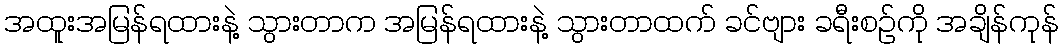
အထူးအမြန်ရထားနဲ့ သွားတာက အမြန်ရထားနဲ့ သွားတာထက် ခင်ဗျား ခရီးစဉ်ကို အချိန်ကုန်